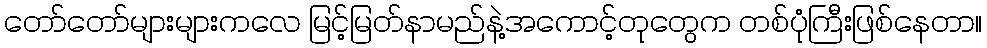
တော်တော်များများကလေ မြင့်မြတ်နာမည်နဲ့အကောင့်တုတွေက တစ်ပုံကြီးဖြစ်နေတာ။